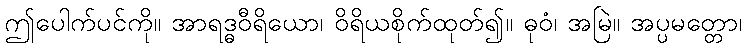
ဤပေါက်ပင်ကို။ အာရဒ္ဓဝီရိယော၊ ဝိရိယစိုက်ထုတ်၍။ ဓုဝံ၊ အမြဲ။ အပ္ပမတ္တော၊